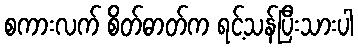
စကားလက် စိတ်ဓာတ်က ရင့်သန်ပြီးသားပါ